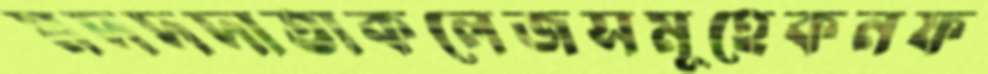
মদদদাতাকলেজসমূহেকনফ